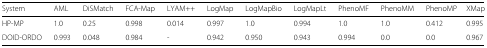
| System | AML | DiSMatch | FCA-Map | LYAM++ | LogMap | LogMapBio | LogMapLt | PhenoMF | PhenoMM | PhenoMP | XMap |
 | --- | --- | --- | --- | --- | --- | --- | --- | --- | --- | --- | --- |
 | HP-MP | 1.0 | 0.25 | 0.998 | 0.014 | 0.997 | 1.0 | 0.994 | 1.0 | 1.0 | 0.412 | 0.995 |
 | DOID-ORDO | 0.993 | 0.048 | 0.984 | - | 0.942 | 0.950 | 0.943 | 0.994 | 0.0 | 0.0 | 0.967 |